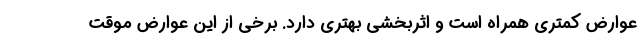
عوارض کمتری همراه است و اثربخشی بهتری دارد. برخی از این عوارض موقت